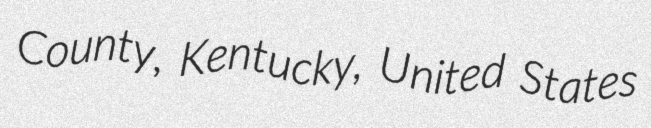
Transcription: County, Kentucky, United States